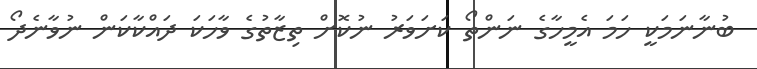
ބުނާނަމަކީ ހަމަ އެމީހާގެ ނަންތޯ ކަށަވަރު ނުކޮށް ތިޒާތުގެ ވާހަކަ ދައްކާކަން ނުވާނެދޯ